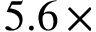
5 . 6 \, \times